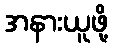
အနားယူဖို့